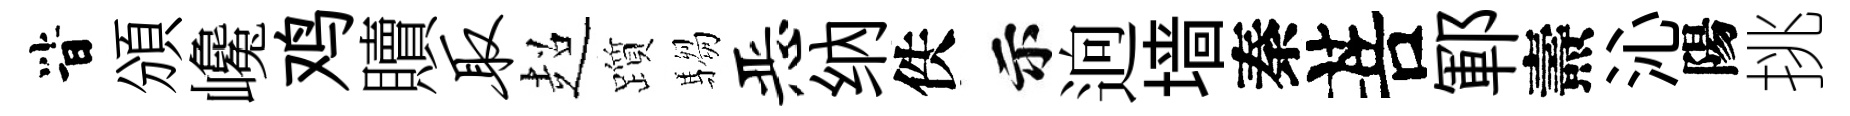
𣅜頒巉鸡贖取超躓騶恶纳佚示逈墙秦菩鄆燾沁陽挑